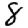
Digit: 8